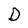
Character: D